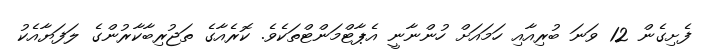
ފެށިގެން 12 ވަނަ ބުރިއާއި ހަމައަށް ހުންނާނީ އެޕާޓްމަންޓްތަކެވެ. ކޮރެއާގެ ތަޖުރިބާކާރުންގެ ލަފަޔާއެކު